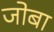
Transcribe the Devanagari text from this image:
जोबा